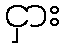
ငှား